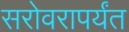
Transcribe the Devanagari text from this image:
सरोवरापर्यंत